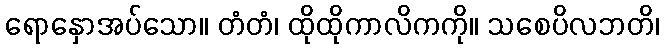
ရောနှောအပ်သော။ တံတံ၊ ထိုထိုကာလိကကို။ သစေပိလဘတိ၊